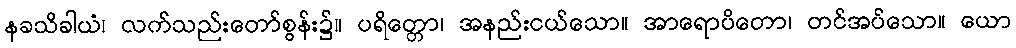
နခသိခါယံ၊ လက်သည်းတော်စွန်း၌။ ပရိတ္တော၊ အနည်းငယ်သော။ အာရောပိတော၊ တင်အပ်သော။ ယော